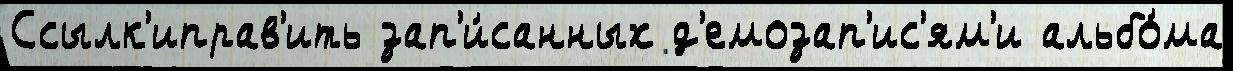
Ссылк'иправ'ить зап'и́санных д'емозап'ис'ям'и альбо́ма